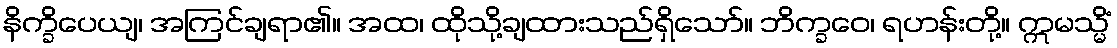
နိက္ခိပေယျ၊ အကြင်ချရာ၏။ အထ၊ ထိုသို့ချထားသည်ရှိသော်။ ဘိက္ခဝေ၊ ရဟန်းတို့။ ဣမသ္မိံ